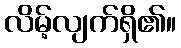
လိမ့်လျက်ရှိ၏။